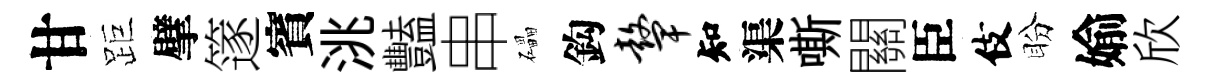
甘距擘篴賓洮豔串礧鈎鼙知渠嘶關臣伎盼媮欣